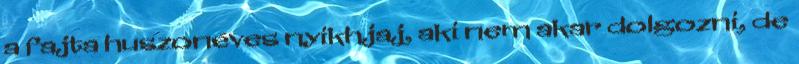
a fajta huszonéves nyikhjaj, aki nem akar dolgozni, de